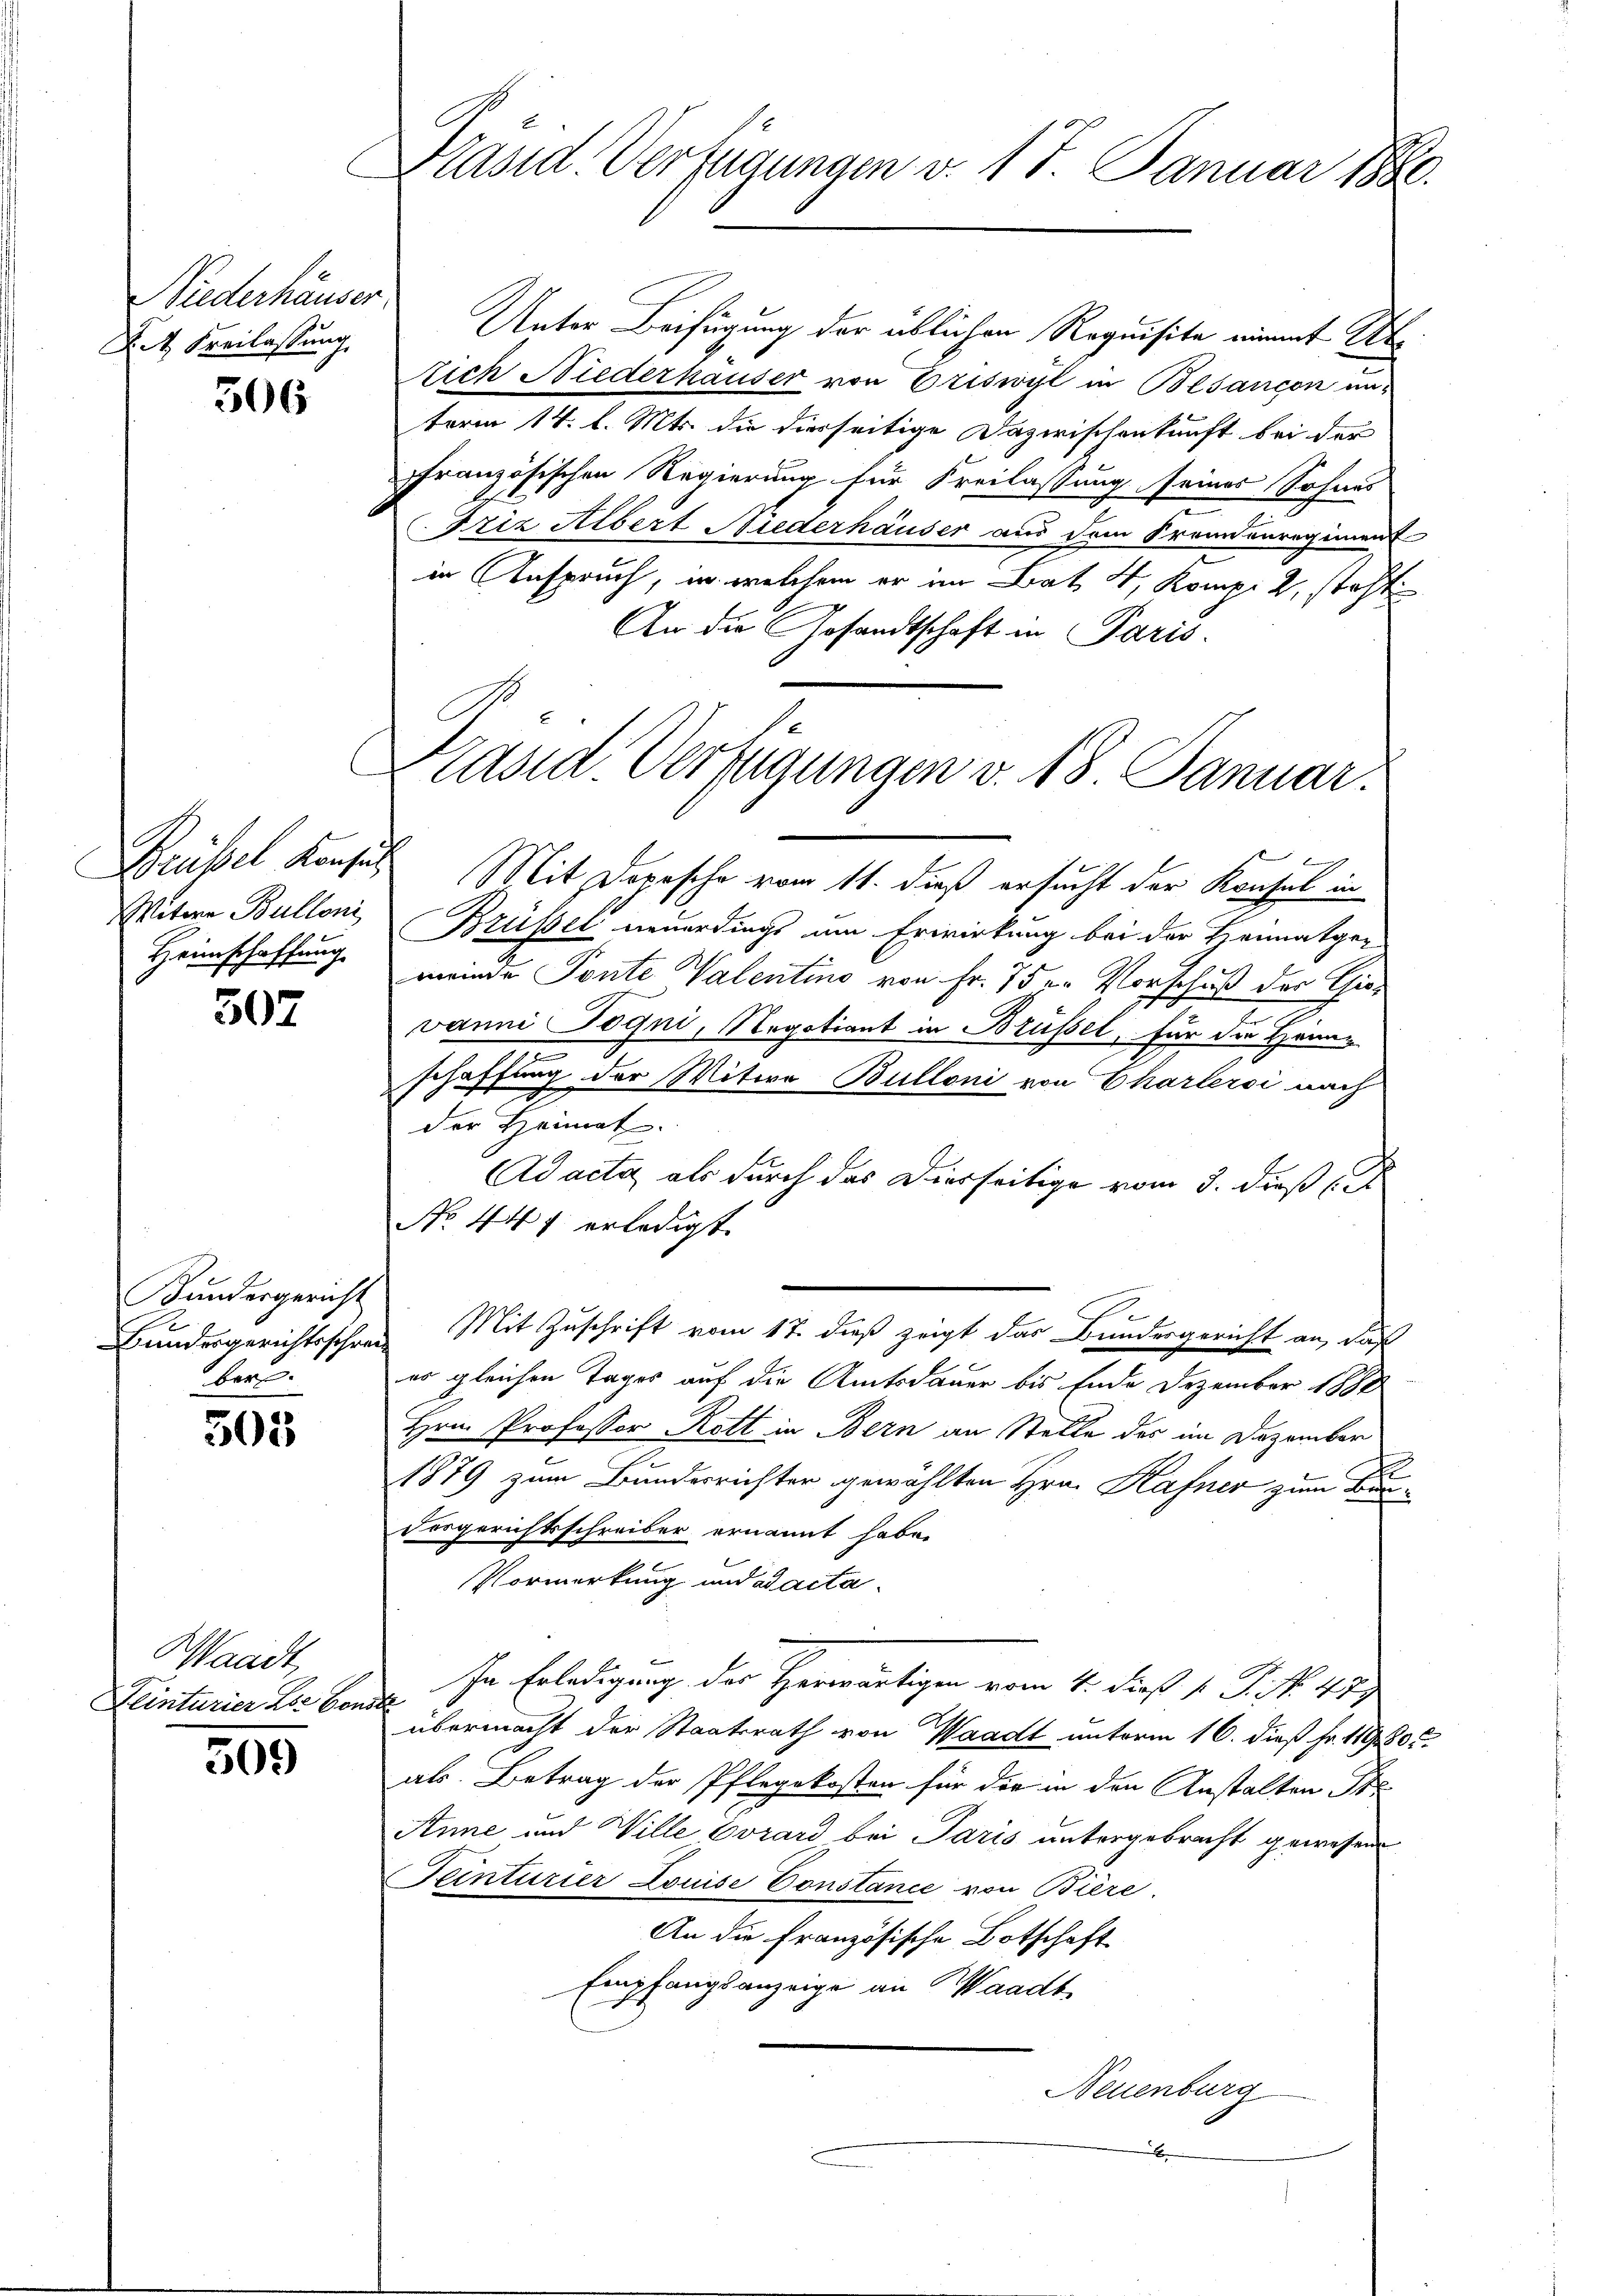
Niederhäuser.
S t Freilassung

506

Witwe Bulloni

507

Kandesgericht
ber.

505

Waadt,
Teinturier Los von

509

Präsid. Verfügungen v. 17. Januar 1880.

Präsid. Verfügungen v. 18. Januar.

Unter Beifügung der üblichen Requisite nimmt Abrich Niederhauser von Eriswyl in Besançon unterm 14. l. Mts. die diesseitige Dazwischenkunft bei der
ffranzösischen Regierung für Freilassung seines Sohnes
Friz Albert Niederhäuser aus dem Fremdenregiment
in Anspruch, in welchem er im Bat 4. Komp. 2, steht
An die Gesandtschaft in Paris.
l
Grüssel Konsus Mit Dopische vom 11. dieß ersucht der Konsel in
Brüssel neuerdings um Erwirkung bei der Heimatger
Haunschaffung meinde Ponte Valentino von Fr. 7 der Vorschuß der Gie¬
Janni Pogni, Negotiant in Brüssel, für die Heinr
.
schaffung der Witwe Bulloni von Charlersi nach
der Heimat.
Ad acta als durch das Dierseitige vom 3. dieß (i
No 441 erledigt.
Bundesgerichtsschrei Mit Zuschrift vom 17. dieß zeigt das Bundesgericht an, daß
er gleichen Tages auf die Amtsdauer bis Ende Dezember 1888
Hrn. Professor Rott in Bern an Stelle der im Dezember
1879 zum Bundesrichter gewählten Hrn. Hafner zum Be-
Forgerichtsschreiber ernannt habe.
Vormerkung und Bacta
In Erledigung der Herwärtigen vom 4. dieß l. J. No. 47)
e
übermacht der Staatsrath von Waadt unterm 16. dieß Fr. 11980
als Betrag der Pflegekosten für die in den Anstalten Ste
Anne und Wille Evrard bei Paris untergebracht gewesen
Teinturier Louise Constance von Biere.
An die französische Botschaft
Empfangsanzeige an Waadt
Neuenburg